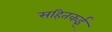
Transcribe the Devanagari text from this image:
सहितकई